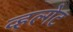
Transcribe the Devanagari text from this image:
व्हल्गेट